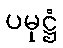
ပမုဋ္ဌံ